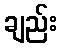
ချည်း